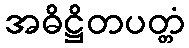
အဓိဋ္ဌိတပတ္တံ